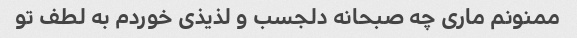
ممنونم مارى چه صبحانه دلجسب و لذیذى خوردم به لطف تو